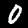
Label: 0